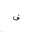
Letter: _fa